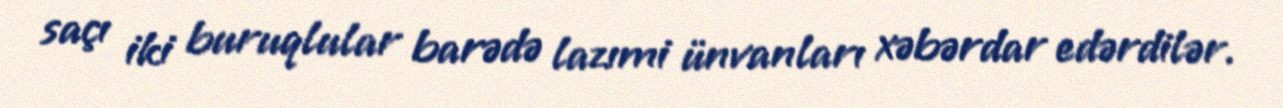
saçı iki buruqlular barədə lazımi ünvanları xəbərdar edərdilər.